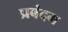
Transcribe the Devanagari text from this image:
प्रबंदम